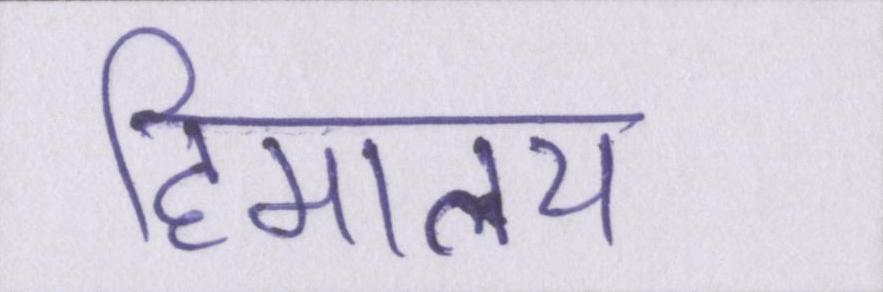
हिमालय